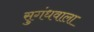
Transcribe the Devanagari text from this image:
सुगंधवाला